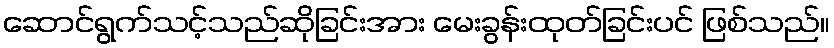
ဆောင်ရွက်သင့်သည်ဆိုခြင်းအား မေးခွန်းထုတ်ခြင်းပင် ဖြစ်သည်။